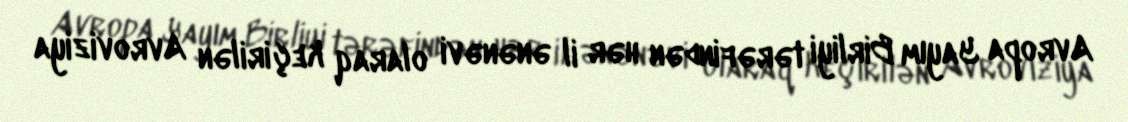
Avropa Yayım Birliyi tərəfindən hər il ənənəvi olaraq keçirilən Avroviziya